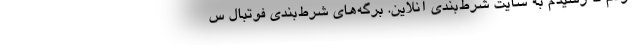
کردم تا رسیدم به سایت شرط‌بندی آنلاین. برگه‌های شرط‌بندی فوتبال س